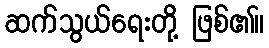
ဆက်သွယ်ရေးတို့ ဖြစ်၏။